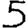
Digit: 5